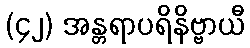
(၄၂) အန္တရာပရိနိဗ္ဗာယီ